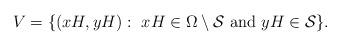
LaTeX: \begin{align*}V = \{ (xH,yH):\ xH\in \Omega\setminus \mathcal{S} \mbox{ and } yH \in \mathcal{S} \}.\end{align*}